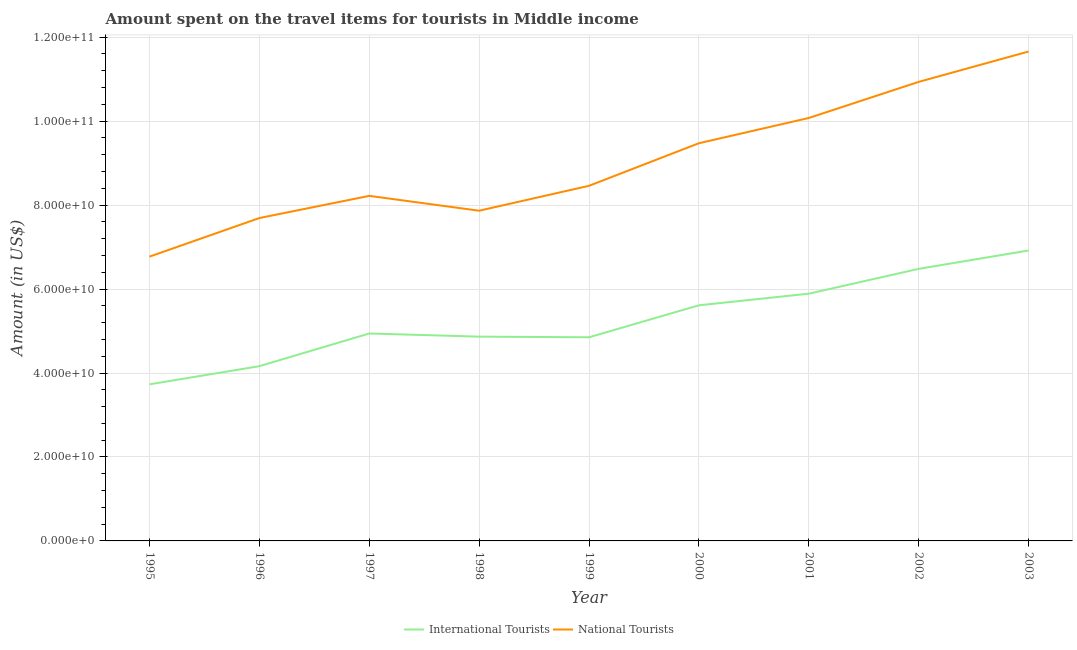
| Year | International Tourists | National Tourists |
 | --- | --- | --- |
 | 1995 | 3.73e+10 | 6.77e+10 |
 | 1996 | 4.16e+10 | 7.69e+10 |
 | 1997 | 4.94e+10 | 8.22e+10 |
 | 1998 | 4.87e+10 | 7.87e+10 |
 | 1999 | 4.85e+10 | 8.46e+10 |
 | 2000 | 5.61e+10 | 9.47e+10 |
 | 2001 | 5.89e+10 | 1.01e+11 |
 | 2002 | 6.48e+10 | 1.09e+11 |
 | 2003 | 6.92e+10 | 1.17e+11 |